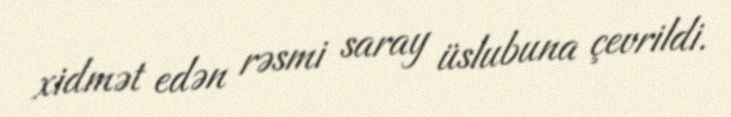
xidmət edən rəsmi saray üslubuna çevrildi.